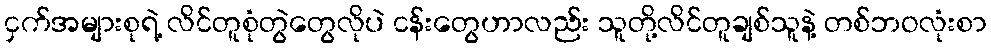
ငှက်အများစုရဲ့ လိင်တူစုံတွဲတွေလိုပဲ ငန်းတွေဟာလည်း သူတို့လိင်တူချစ်သူနဲ့ တစ်ဘဝလုံးစာ